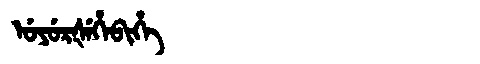
Manchu: ᡠᠶᡠᡵᡧᡝᡥᡝᠪᡳᡥᡝ
Romanization: UYURŠEHEBIHE